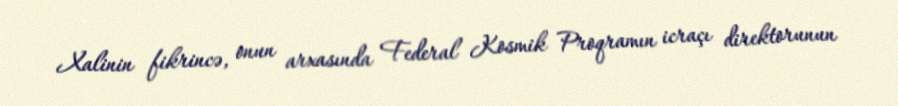
Xalinin fikrincə, onun arxasında Federal Kosmik Proqramın icraçı direktorunun